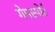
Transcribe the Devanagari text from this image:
गेमस्पोर्ट